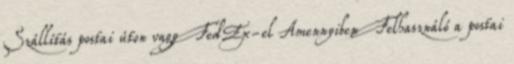
Szállítás postai úton vagy FedEx-el Amennyiben Felhasználó a postai